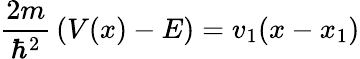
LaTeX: {\frac{2m}{\hbar^{2}}}\left(V(x)-E\right)=v_{1}(x-x_{1})